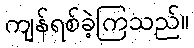
ကျန်ရစ်ခဲ့ကြသည်။